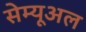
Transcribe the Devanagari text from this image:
सेम्यूअल